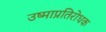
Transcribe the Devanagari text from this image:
उष्माप्रतिरोधक